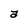
Character: a